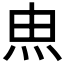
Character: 𰞅